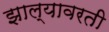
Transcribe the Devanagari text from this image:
झाल्यावरती